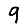
Digit: 9